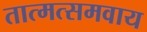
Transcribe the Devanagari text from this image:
तात्मत्समवाय